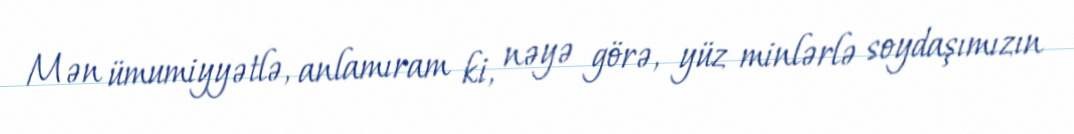
Mən ümumiyyətlə, anlamıram ki, nəyə görə, yüz minlərlə soydaşımızın